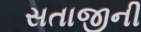
સતાજીની